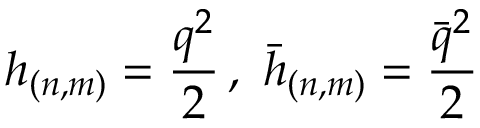
h _ { ( n , m ) } = \frac { q ^ { 2 } } { 2 } \, , \, \, \bar { h } _ { ( n , m ) } = \frac { \bar { q } ^ { 2 } } { 2 }